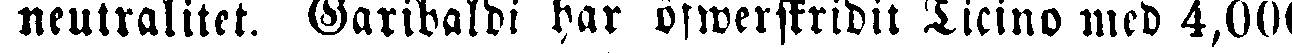
neutralitet. Garibaldi har öfwerstridit Ticino med 4,000